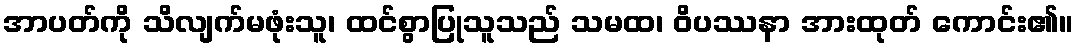
အာပတ်ကို သိလျက်မဖုံးသူ၊ ထင်စွာပြုသူသည် သမထ၊ ဝိပဿနာ အားထုတ် ကောင်း၏။